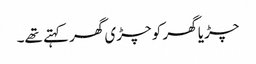
چڑیا گھر کو چڑی گھر کہتے تھے۔